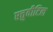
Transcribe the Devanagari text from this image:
एत्तुवीटिल